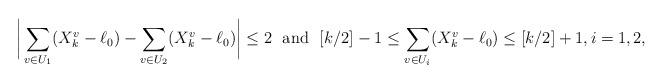
LaTeX: \begin{align*}\bigg|\sum_{v\in U_1} (X_k^v-\ell_0)-\sum_{v\in U_2} (X_k^v-\ell_0)\bigg|\le 2~~\mbox{and}~~[k/2]-1\le \sum_{v\in U_i} (X_k^v-\ell_0)\le [k/2]+1, i=1,2,\end{align*}